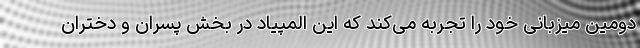
دومین میزبانی خود را تجربه می‌کند که این المپیاد در بخش پسران و دختران